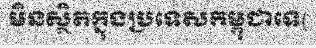
មិនស្ថិតក្នុងប្រទេសកម្ពុជាទេ(